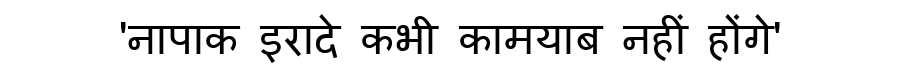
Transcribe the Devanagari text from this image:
'नापाक इरादे कभी कामयाब नहीं होंगे'